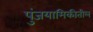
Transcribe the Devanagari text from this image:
पुंजयामिकीतील